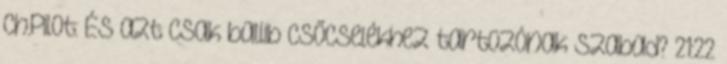
Ch.Pilot: És azt csak ballib csőcselékhez tartozónak szabad? 21:22